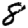
Digit: 8